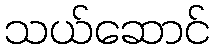
သယ်ဆောင်